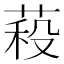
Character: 𮏷